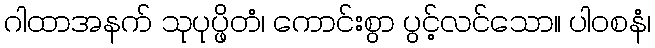
ဂါထာအနက် သုပုပ္ဖိတံ၊ ကောင်းစွာ ပွင့်လင်သော။ ပါဝစနံ၊